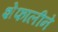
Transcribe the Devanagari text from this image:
शेफालीने